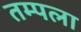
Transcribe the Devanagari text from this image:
तम्पला